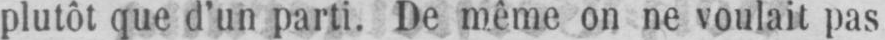
plutôt que d’un parti. De même on ne voulait pas